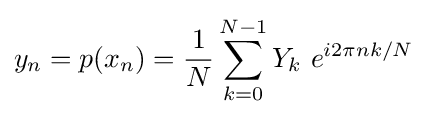
y_{n}=p(x_{n})={\frac {1}{N}}\sum _{k=0}^{N-1}Y_{k}\ e^{i2\pi nk/N}